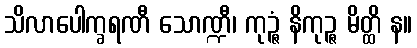
သိလာပေါက္ခရဏီ သောဏ္ဍီ၊ ကုဉ္ဇံ နိကုဉ္ဇ မိတ္ထိ န။